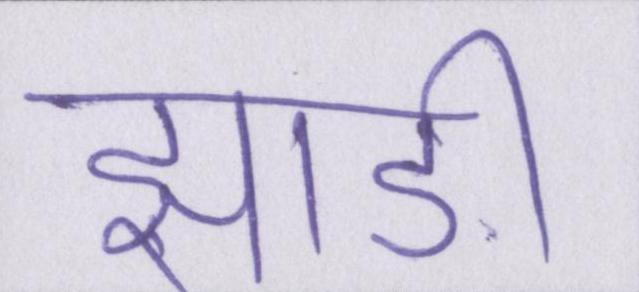
झाड़ी